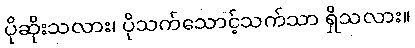
ပိုဆိုးသလား၊ ပိုသက်သောင့်သက်သာ ရှိသလား။